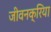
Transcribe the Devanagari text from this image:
जीवनक्रिया